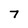
Character: 7